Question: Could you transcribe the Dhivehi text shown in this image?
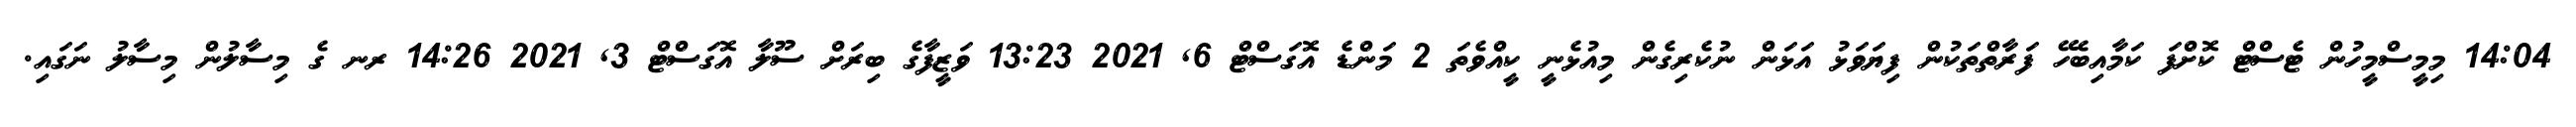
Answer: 14:04 މިމީސްމީހުން ޓެސްޓް ކޮށްފަ ކަމާއިބެހޭ ފަރާތްތަކުން ފިޔަވަޅު އަޅަން ނުކެރިގެން މިއުޅެނީ ކީއްވެތަ 2 މަންޑެ އޮގަސްޓް 6, 2021 13:23 ވަޒީފާގެ ބިރަށް ސޫލާ އޮގަސްޓް 3, 2021 14:26 ރނ ގެ މިސާލުން މިސާލު ނަގައި.